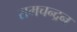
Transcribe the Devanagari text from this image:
रामचन्‍द्रन